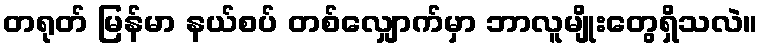
တရုတ် မြန်မာ နယ်စပ် တစ်လျှောက်မှာ ဘာလူမျိုးတွေရှိသလဲ။